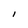
Character: l